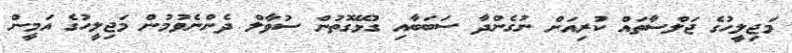
މަޖިލީހުގެ ޖަލްސާތައް ކުރިއަށް ނުގެންދާ ސަބަބާއި ގުޅޭގޮތުން ސުވާލް ދެންނެވުމުން މަޖިލީހުގެ އަމީން